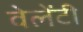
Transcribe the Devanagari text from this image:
वेलेंटी